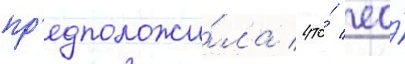
пр'едположи́ла / что́ ео́